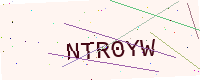
Text: NTR0YW